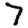
Digit: 7